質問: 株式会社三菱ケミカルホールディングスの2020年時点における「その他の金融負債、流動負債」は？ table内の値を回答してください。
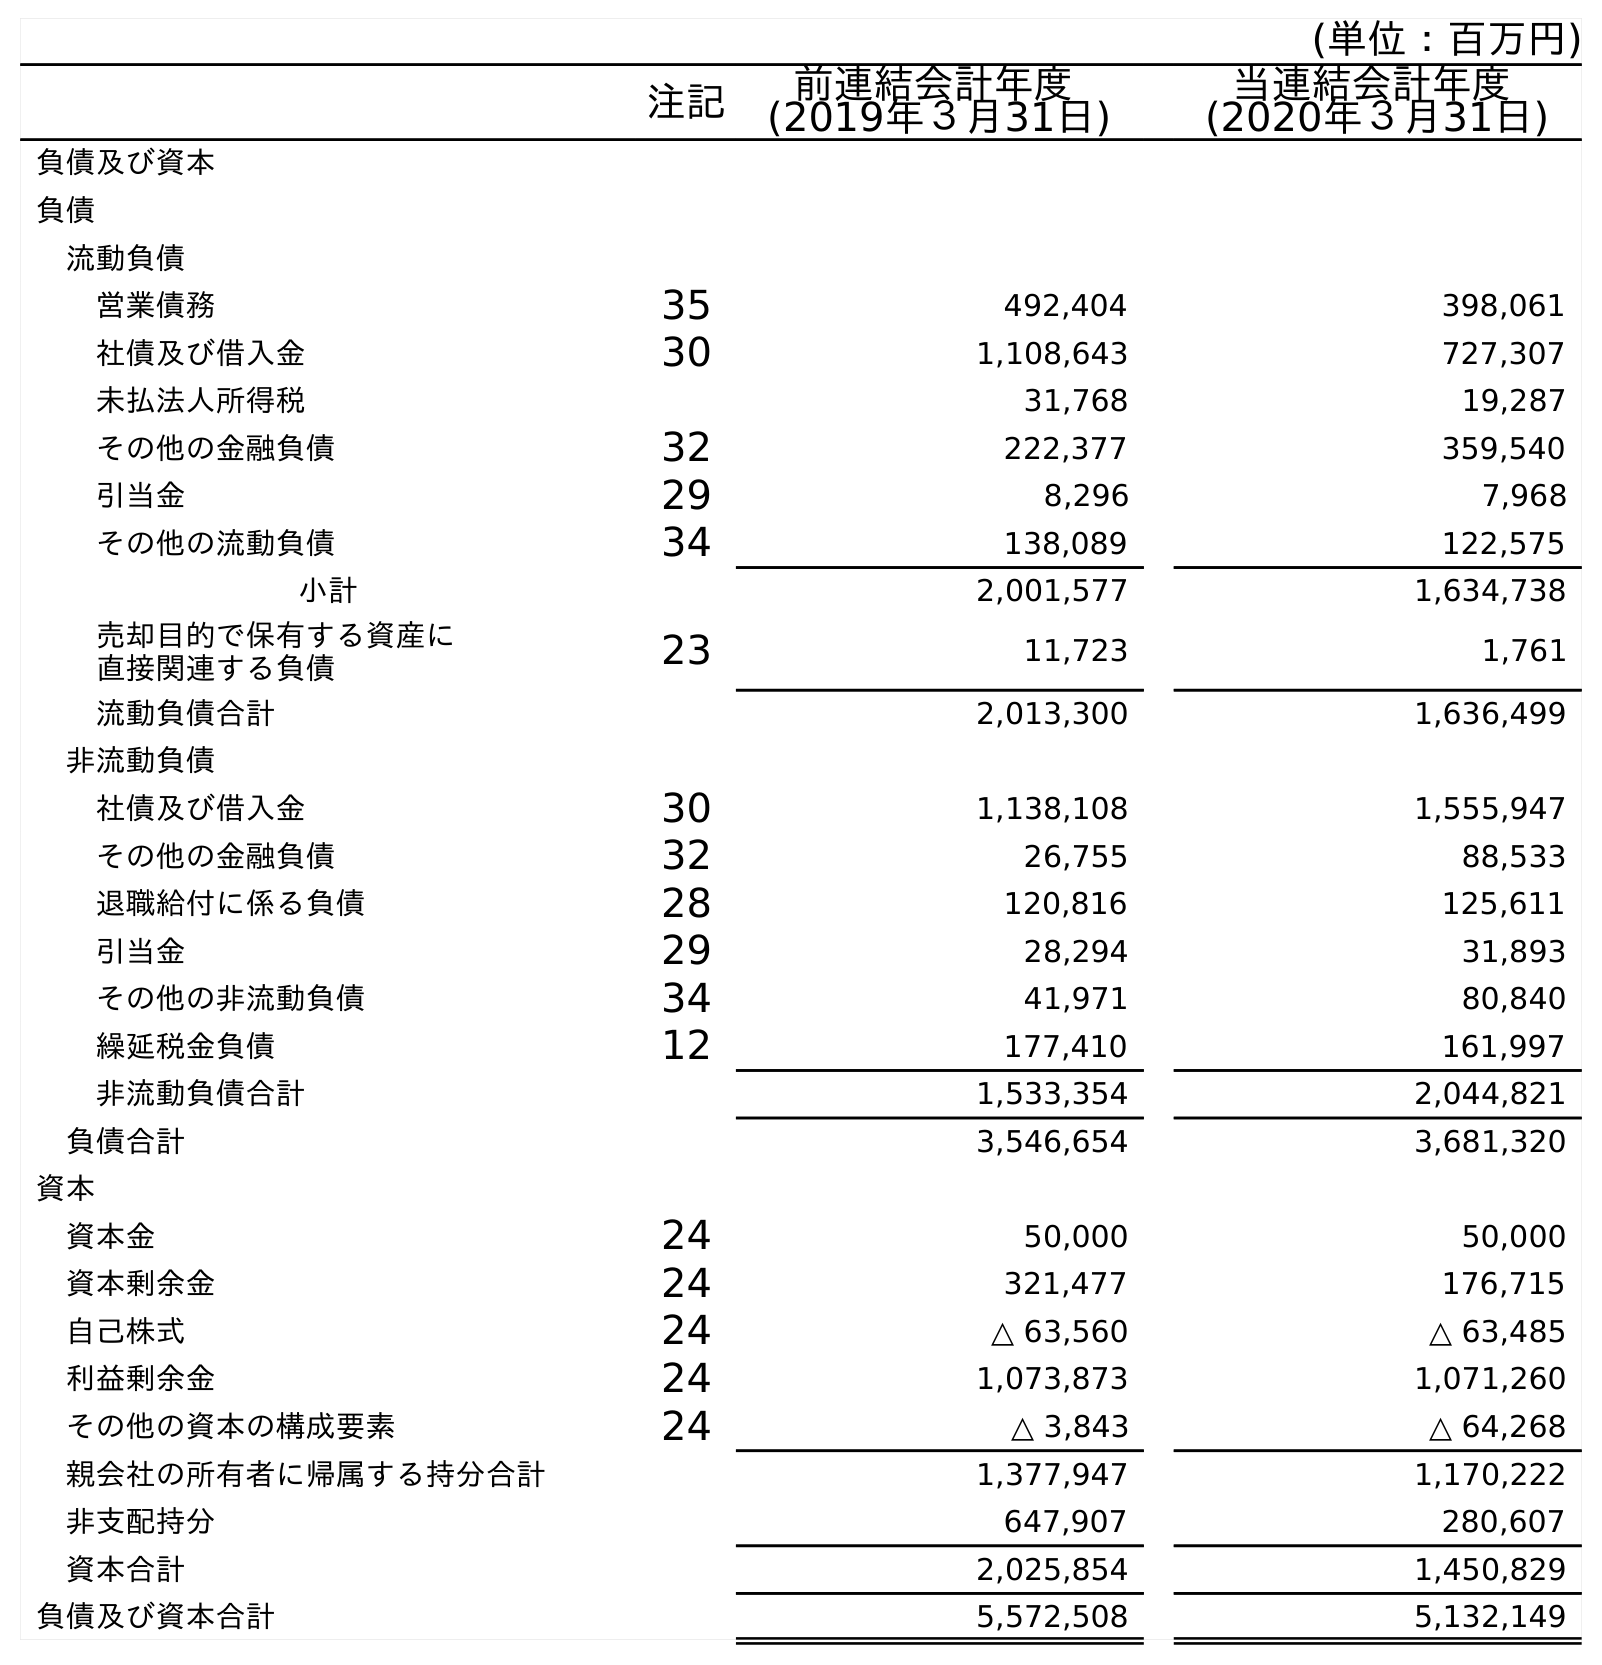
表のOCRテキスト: (単位：百万円) 注記 前連結会計年度 (2019年３月31日) 当連結会計年度 (2020年３月31日) 負債及び資本 負債 流動負債 営業債務 35 492,404 398,061 社債及び借入金 30 1,108,643 727,307 未払法人所得税 31,768 19,287 その他の金融負債 32 222,377 359,540 引当金 29 8,296 7,968 その他の流動負債 34 138,089 122,575 小計 2,001,577 1,634,738 売却目的で保有する資産に 直接関連する負債 23 11,723 1,761 流動負債合計 2,013,300 1,636,499 非流動負債 社債及び借入金 30 1,138,108 1,555,947 その他の金融負債 32 26,755 88,533 退職給付に係る負債 28 120,816 125,611 引当金 29 28,294 31,893 その他の非流動負債 34 41,971 80,840 繰延税金負債 12 177,410 161,997 非流動負債合計 1,533,354 2,044,821 負債合計 3,546,654 3,681,320 資本 資本金 24 50,000 50,000 資本剰余金 24 321,477 176,715 自己株式 24 △ 63,560 △ 63,485 利益剰余金 24 1,073,873 1,071,260 その他の資本の構成要素 24 △ 3,843 △ 64,268 親会社の所有者に帰属する持分合計 1,377,947 1,170,222 非支配持分 647,907 280,607 資本合計 2,025,854 1,450,829 負債及び資本合計 5,572,508 5,132,149
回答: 359,540